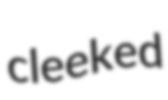
cleeked